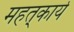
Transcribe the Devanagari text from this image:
महत्‌कार्य